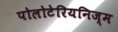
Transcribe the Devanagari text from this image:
पोलोटेरियनिज्म